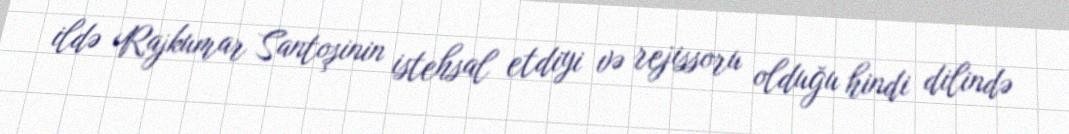
ildə Rajkumar Santoşinin istehsal etdiyi və rejissoru olduğu hindi dilində